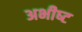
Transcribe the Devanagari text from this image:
अभीष्‍ट